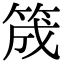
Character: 筬